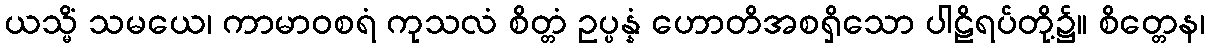
ယသ္မိံ သမယေ၊ ကာမာဝစရံ ကုသလံ စိတ္တံ ဥပ္ပန္နံ ဟောတိအစရှိသော ပါဠိရပ်တို့၌။ စိတ္တေန၊